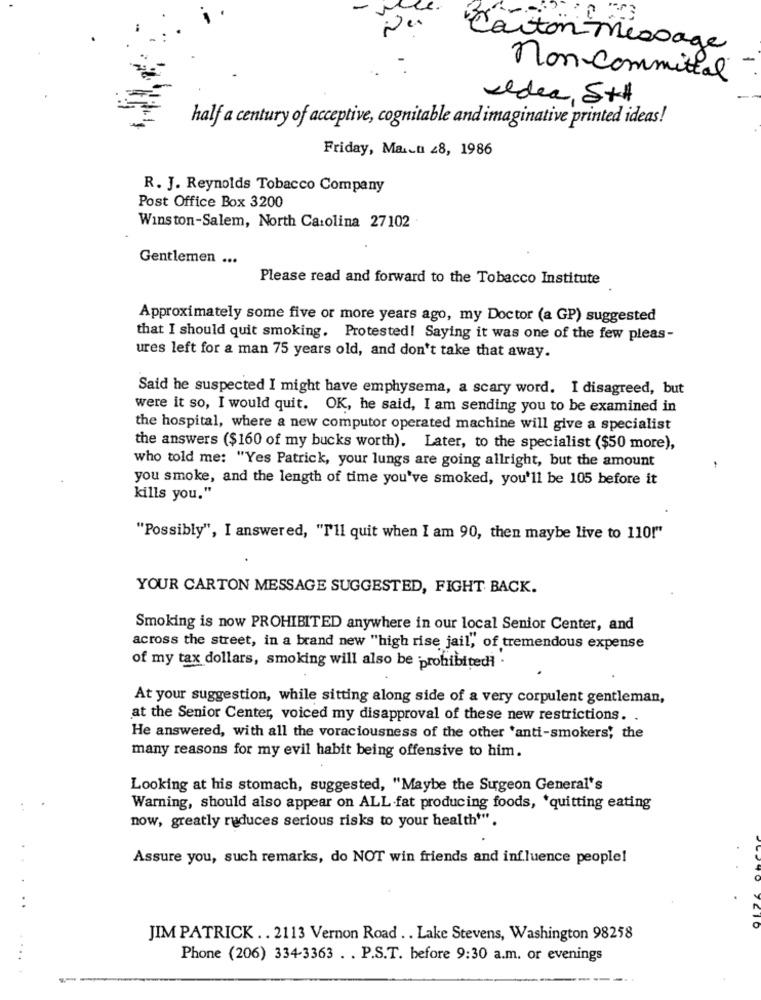
Caiton message
non committal
Idea, 5+#
half a century of acceptive, cognitable and imaginative printed ideas!
Friday, Ma.cu 28, 1986
R. J. Reynolds Tobacco Company
Post Office Box 3200
Winston-Salem, North Carolina 27102
Gentlemen ...
Please read and forward to the Tobacco Institute
Approximately some five or more years ago, my Doctor (a GP) suggested
that I should quit smoking. Protested! Saying it was one of the few pleas-
ures left for a man 75 years old, and don't take that away.
Said he suspected I might have emphysema, a scary word. I disagreed, but
were it so, I would quit. OK, he said, I am sending you to be examined in
the hospital, where a new computor operated machine will give a specialist
the answers ($160 of my bucks worth). Later, to the specialist ($50 more),
who told me: "Yes Patrick, your lungs are going allright, but the amount
you smoke, and the length of time you've smoked, you'll be 105 before it
kills you."
"Possibly", I answered, "I'll quit when I am 90, then maybe live to 110!"
YOUR CARTON MESSAGE SUGGESTED, FIGHT BACK.
Smoking is now PROHIBITED anywhere in our local Senior Center, and
across the street, in a brand new "high rise jail, of tremendous expense
of my tax dollars, smoking will also be prohibitedi .
At your suggestion, while sitting along side of a very corpulent gentleman,
at the Senior Center, voiced my disapproval of these new restrictions. .
He answered, with all the voraciousness of the other 'anti-smokers, the
many reasons for my evil habit being offensive to him.
Looking at his stomach, suggested, "Maybe the Surgeon General's
Warning, should also appear on ALL-fat producing foods, 'quitting eating
now, greatly reduces serious risks to your health*".
Assure you, such remarks, do NOT win friends and influence people!
. .
JIM PATRICK .. 2113 Vernon Road .. Lake Stevens, Washington 98258
Phone (206) 334-3363 . . P.S.T. before 9:30 a.m. or evenings